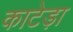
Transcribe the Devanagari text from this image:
काटेड़ा